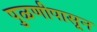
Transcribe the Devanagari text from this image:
पुळणीपासून